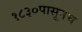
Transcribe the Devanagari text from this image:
१८३०पासूनच